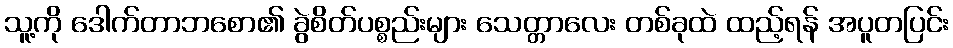
သူ့ကို ဒေါက်တာဘစော၏ ခွဲစိတ်ပစ္စည်းများ သေတ္တာလေး တစ်ခုထဲ ထည့်ရန် အပူတပြင်း